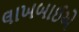
લાખબાઈએ